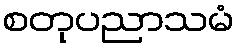
စတုပညာသမံ